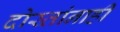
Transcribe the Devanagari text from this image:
दोस्तांनाही